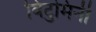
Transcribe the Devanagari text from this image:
विटुमिनी